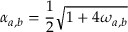
\alpha _ { a , b } = \frac { 1 } { 2 } \sqrt { 1 + 4 \omega _ { a , b } }